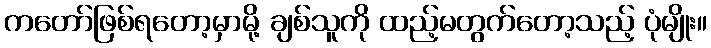
ကတော်ဖြစ်ရတော့မှာမို့ ချစ်သူကို ထည့်မတွက်တော့သည့် ပုံမျိုး။